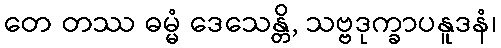
တေ တဿ ဓမ္မံ ဒေသေန္တိ, သဗ္ဗဒုက္ခာပနူဒနံ၊